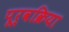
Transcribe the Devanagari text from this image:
पूर्वक्रिया